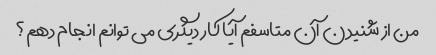
من از شنیدن آن متاسفم آیا کار دیگری می توانم انجام دهم؟